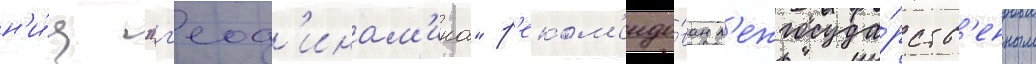
н'и́ц "г'еод'инам'ика" р'еком'ендо́ван м'ежгосуда́рств'енным